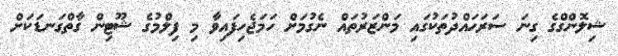
ޝިލޮންގްގެ ގިނަ ސަރަހައްދުތަކުގައި މަންޒަރުތައް ނެގުމަށް ހަމަޖެހިފައިވާ މި ފިލްމުގެ ޝޫޓިން ގާތްގަނޑަކަށް